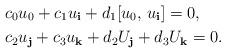
LaTeX: \begin{align*}&c_{0}u_{0}+c_{1}u_{\bf i}+d_{1}[u_{0},\,u_{\bf i}]=0,\\&c_{2}u_{\bf j}+c_{3}u_{\bf k}+d_{2}U_{\bf j}+d_{3}U_{\bf k}=0.\end{align*}